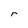
Character: r